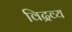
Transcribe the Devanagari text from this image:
विद्रव्य